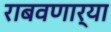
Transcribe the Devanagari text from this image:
राबवणार्या